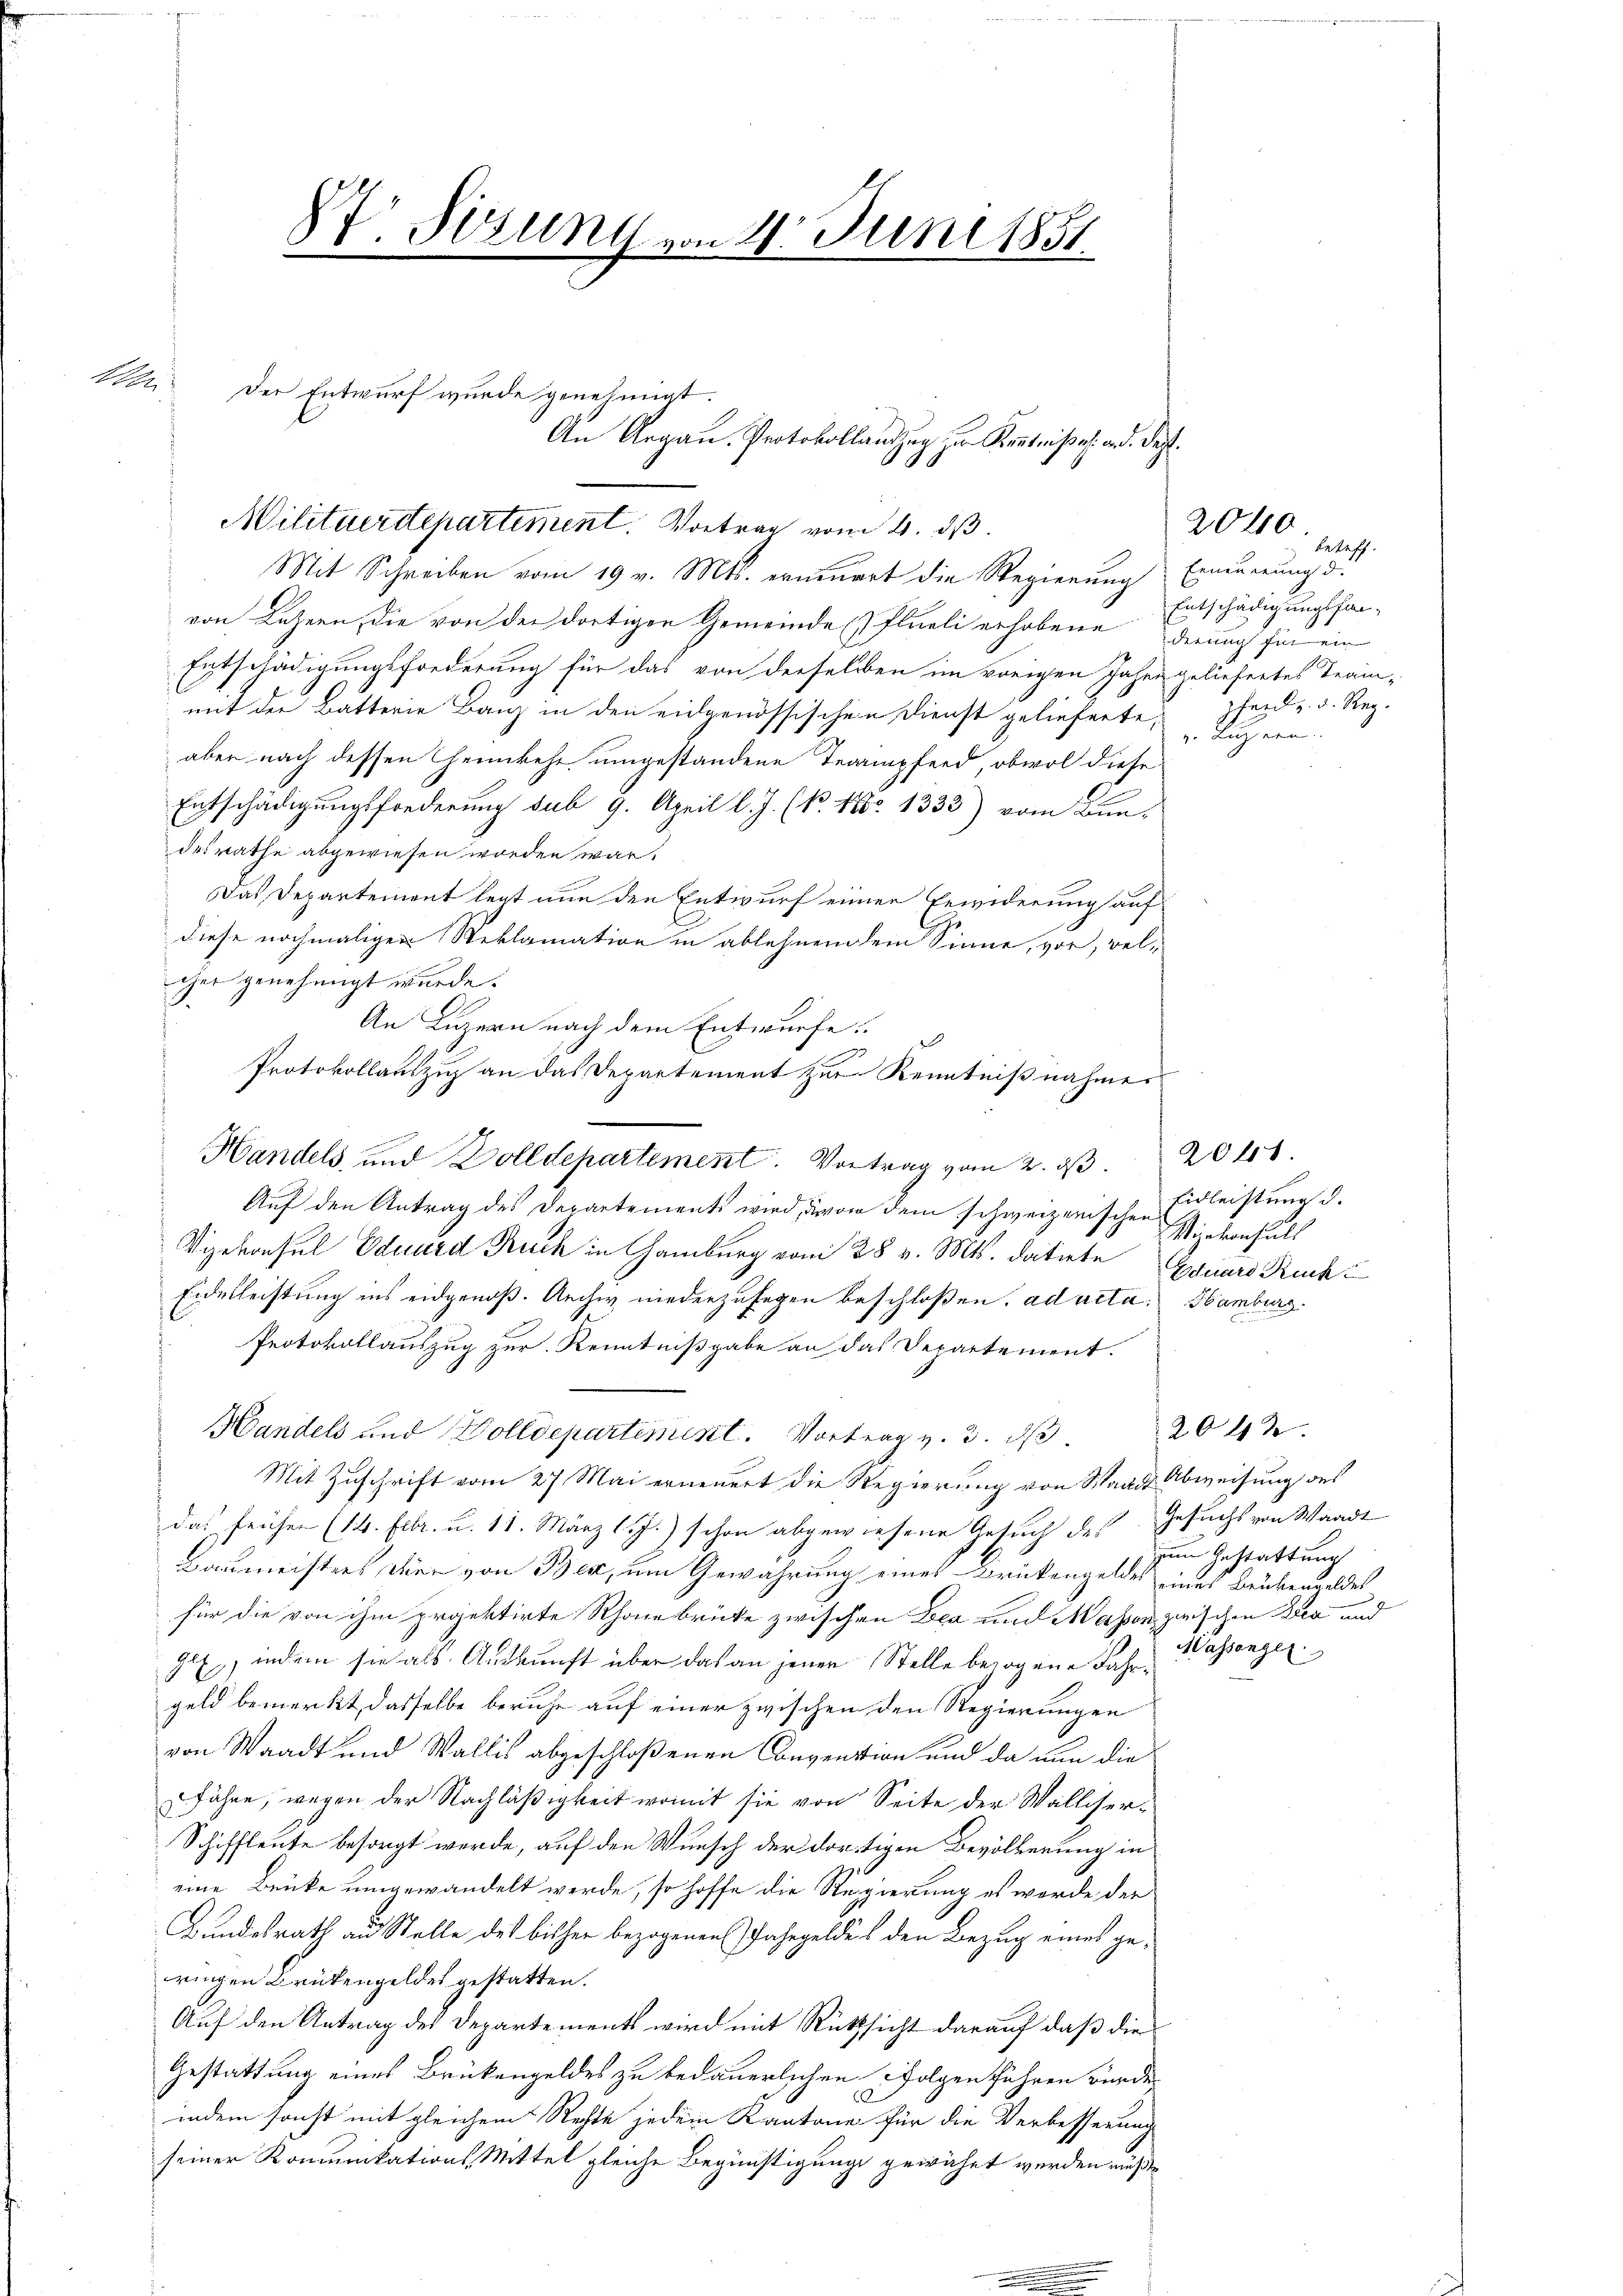
b

St Sitzung von 21. Juni 1851

Der Entwurf wurde genehmigt.

An Argau. Protokollantzug zur Kentnißes and. Das
Militärdepartement. Vortrag vom 4. ds.

Mit Schreiben vom 19. v. Mts. erneuert die Regierung Erneuerung d.
von Luzern, die von der dortigen Gemeinde (Plueli erhobene Entschädigungsfal¬
Entschädigungsforderung für das von derselben im vorigen Jahre geliefertes Trammit der Batterie Banz in den eidgenössischen Dienst gelieferte,
aber nach dessen Heimkehr umgestandene Trampfend, obwol diese
Entschädigungsforderung sub 9. April l. J. (k. No 1333) vom Bun-
desrathe abgewiesen worden war,
Das Departement legt nun den Entwurf einer Erwiderung auf
diese nochmaligen Reklamation in ablehnendem Sinne, vor, welcher genehmigt wurde.
An Luzern nach dem Entwurfe
u
3
Protokollauszug an das Departement zur Kenntnißnahmer
Auf den Antrag des Departements wird davon dem schweizerischen Eidleistung d.
Vizekonsul Eduard Ruch in Hamburg vom 28 v. Mts. datirte Eduard Rucht
Eidesleistung ins eidgenoß. Auch niederzulegen beschloßen, ad acta. Hamburg.
Protokollauszug zur Kenntnißgabe an das Departement.
Handels und Dolldepartement. Vortrag v. 3. ds
Mit Zuschrift vom 27. Mai erneuert die Regierung von Waadt Abweisung des
das frühen (14. Febr. u. 11. März 117.) schon abgewiesene Gesuch des Gesuchs von Waadt
Baumeisters die von Ber, um Gewährung eines Drückengeldes eines Brükengeldes
für die von ihm projektirte Rhonebrücke zwischen Lea und Massen zwischen Lea und
Gex, indem sie als Auskunft über das an jener Stelle bezogene Fahrgeld bemerkt, dasselbe beruhe auf einer zwischen den Regierungen
von Waadt und Wallis abgeschloßenen Convention und da nun die
fähre, wegen der Nachläßigkeit womit sie von Seite der Walliser¬
Schiffleute besorgt werde, auf den Wunsch der dortigen Bevölkerung in
eine Brücke umgewandelt werde, so hoffe die Regierung es werde der
Bundesrath an Stelle des bisher bezogenen Jahrgeldes den Bezug eines geringen Brükengeldes gestatten.
Auf den Antrag des Departements wird mit Rücksicht darauf daß die
Gestattung eines Brükengeldes zu bedauerlichen Folgen führen würde,
indem sonst mit gleichem Rechte jedem Kantone für die Verbesserung
seiner Kommunikations-Mittel gleiche Begünstigung gewährt werden müßte

Handels, und Dolldepartement. Vortrag vom 2. dβ 2041.

Leteff.
derung für ein
pfend z. d. Reg.
. Luzern.

2040

Vizekonhalt

2042
zum Gestattung
Massengel